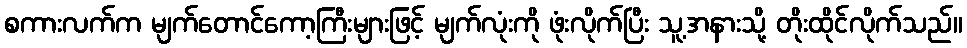
စကားလက်က မျက်တောင်ကော့ကြီးများဖြင့် မျက်လုံးကို ဖုံးလိုက်ပြီး သူ့အနားသို့ တိုးထိုင်လိုက်သည်။